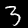
Label: 3